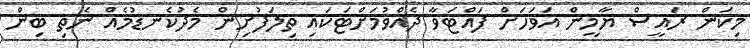
މިކަން ރައީސް ޔާމީން އަވަހަށް ފައްޓަވާ ދެއްވުމަށްޓަކައި ތިލަފުށިން މެދުކެނޑުމެއް ނެތި ބިން